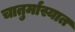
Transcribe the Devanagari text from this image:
चातुर्मास्यात